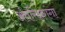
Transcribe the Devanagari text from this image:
अंतरिक्षगंगा